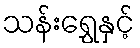
သန်းရွှေနှင့်